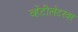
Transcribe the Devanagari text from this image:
व्हेंटीलेटरवर